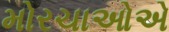
મોરચાઓએ